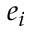
e _ { i }